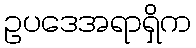
ဥပဒေအရာရှိက